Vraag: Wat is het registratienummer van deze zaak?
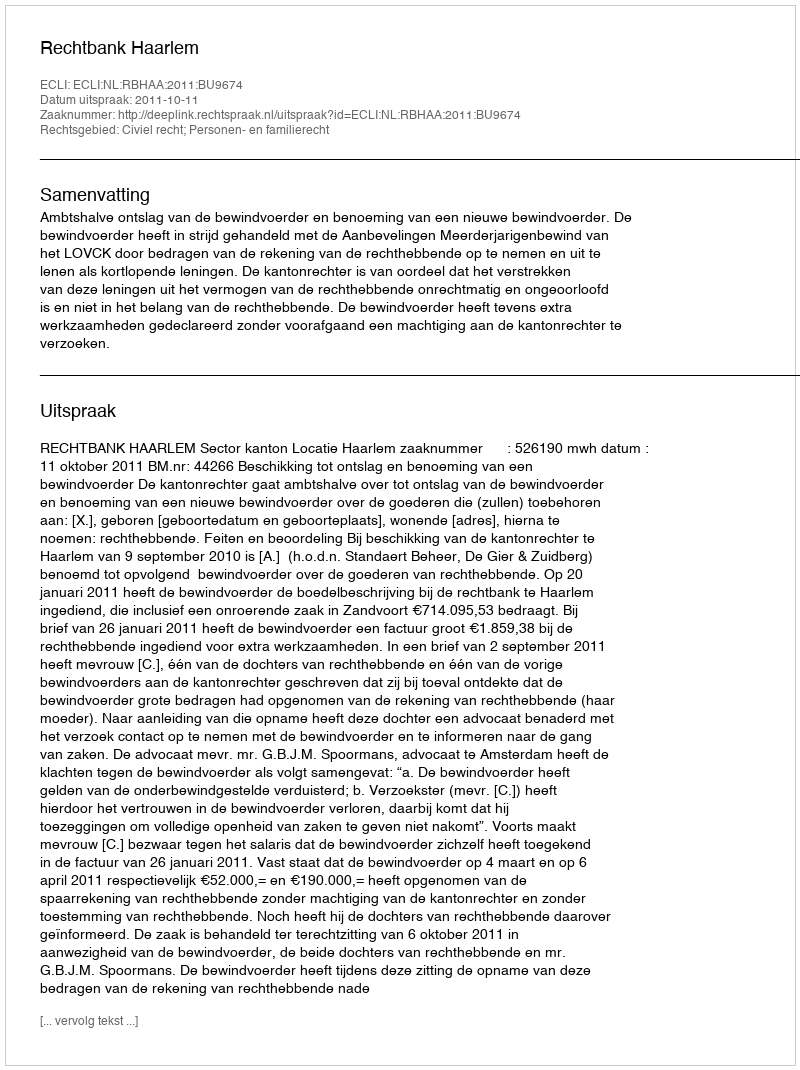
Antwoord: http://deeplink.rechtspraak.nl/uitspraak?id=ECLI:NL:RBHAA:2011:BU9674